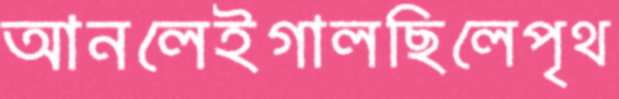
আনলেইগালছিলেপৃথ